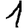
Digit: 1